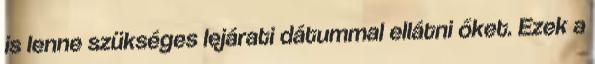
is lenne szükséges lejárati dátummal ellátni őket. Ezek a